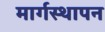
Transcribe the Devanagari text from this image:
मार्गस्थापन